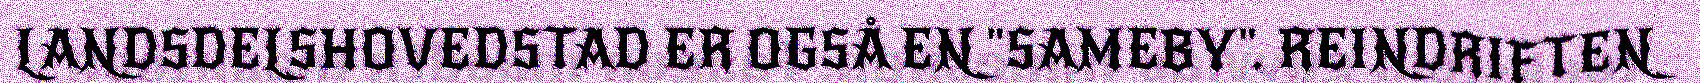
LANDSDELSHOVEDSTAD ER OGSÅ EN "SAMEBY". REINDRIFTEN